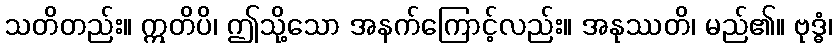
သတိတည်း။ ဣတိပိ၊ ဤသို့သော အနက်ကြောင့်လည်း။ အနုဿတိ၊ မည်၏။ ဗုဒ္ဓံ၊